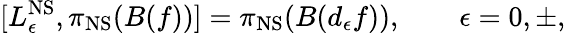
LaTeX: [L_{\epsilon}^{\mathrm{NS}},\pi_{\mathrm{NS}}(B(f))]=\pi_{\mathrm{NS}}(B(d_{\epsilon}f)),\qquad\epsilon=0,\pm,